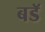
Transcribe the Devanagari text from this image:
बडॅ